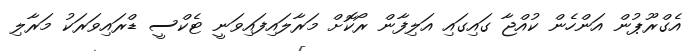
އެގްރޫޕުން އަންހެން ކުއްޖާ ގައިގައި އަލިފާން ރޯކޮށް މަރާލައިފައިވަނީ ޓެކްސީ ޑްރައިވަރަކު މަރާލި